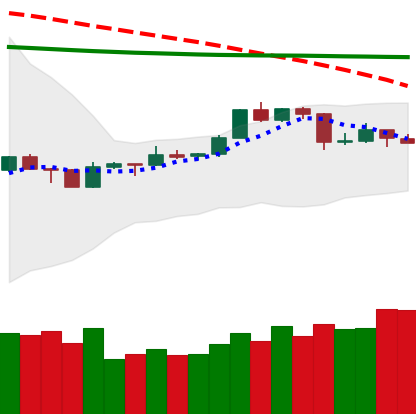
Ticker: TRX-USD
Chart end date: 2020-04-14
Forward return: 4.987%
Label: up_3_5